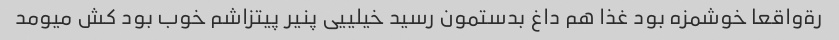
رةواقعا خوشمزه بود غذا هم داغ بدستمون رسید خیلییی پنیر پیتزاشم خوب بود کش میومد